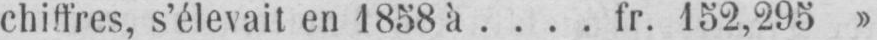
chiffres, s’élevait en 1858 à.... fr. 152,295»